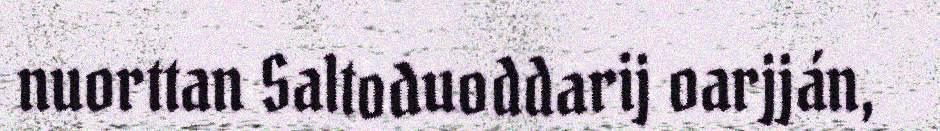
nuorttan Saltoduoddarij oarjján,